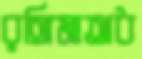
রঙ্গিমাঅধ